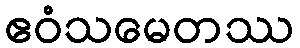
ဧဝံသမေတဿ